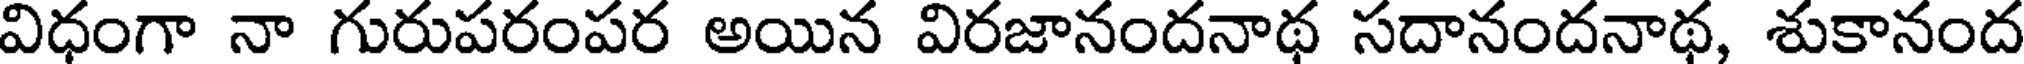
విధంగా నా గురుపరంపర అయిన విరజానందనాథ సదానందనాథ, శుకానంద